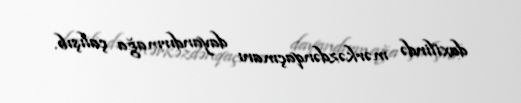
daxilində mərkəzdənqaçmanı dayandırmağa çalışıb.